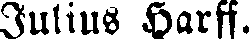
Julius Harff.